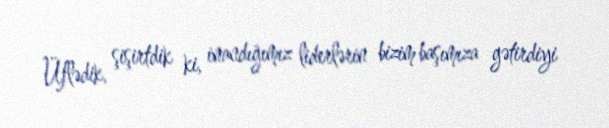
Üflədik, şişirtdik ki, inandığımız liderlərin bizim başımıza gətirdiyi